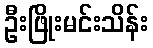
ဦးဖြိုးမင်းသိန်း